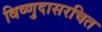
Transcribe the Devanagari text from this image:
विष्णुदासरचित